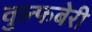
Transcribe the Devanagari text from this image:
वुल्फबेरी